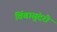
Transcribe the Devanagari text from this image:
बिंबासुंदरी